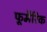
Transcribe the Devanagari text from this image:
फूमैरिक